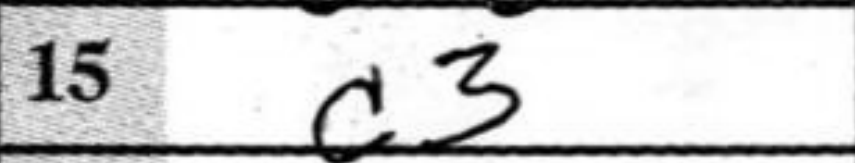
Transcription: c3